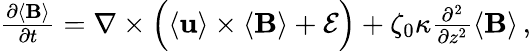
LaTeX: \begin{array}{r}{\frac{\partial\langle\mathbf{B}\rangle}{\partial t}=\nabla\times\Big(\langle\mathbf{u}\rangle\times\langle\mathbf{B}\rangle+\mathbf{\mathcal{E}}\Big)+\zeta_{0}\kappa\frac{\partial^{2}}{\partial z^{2}}\langle\mathbf{B}\rangle\, ,}\end{array}